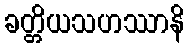
ခတ္တိယသဟဿာနိ